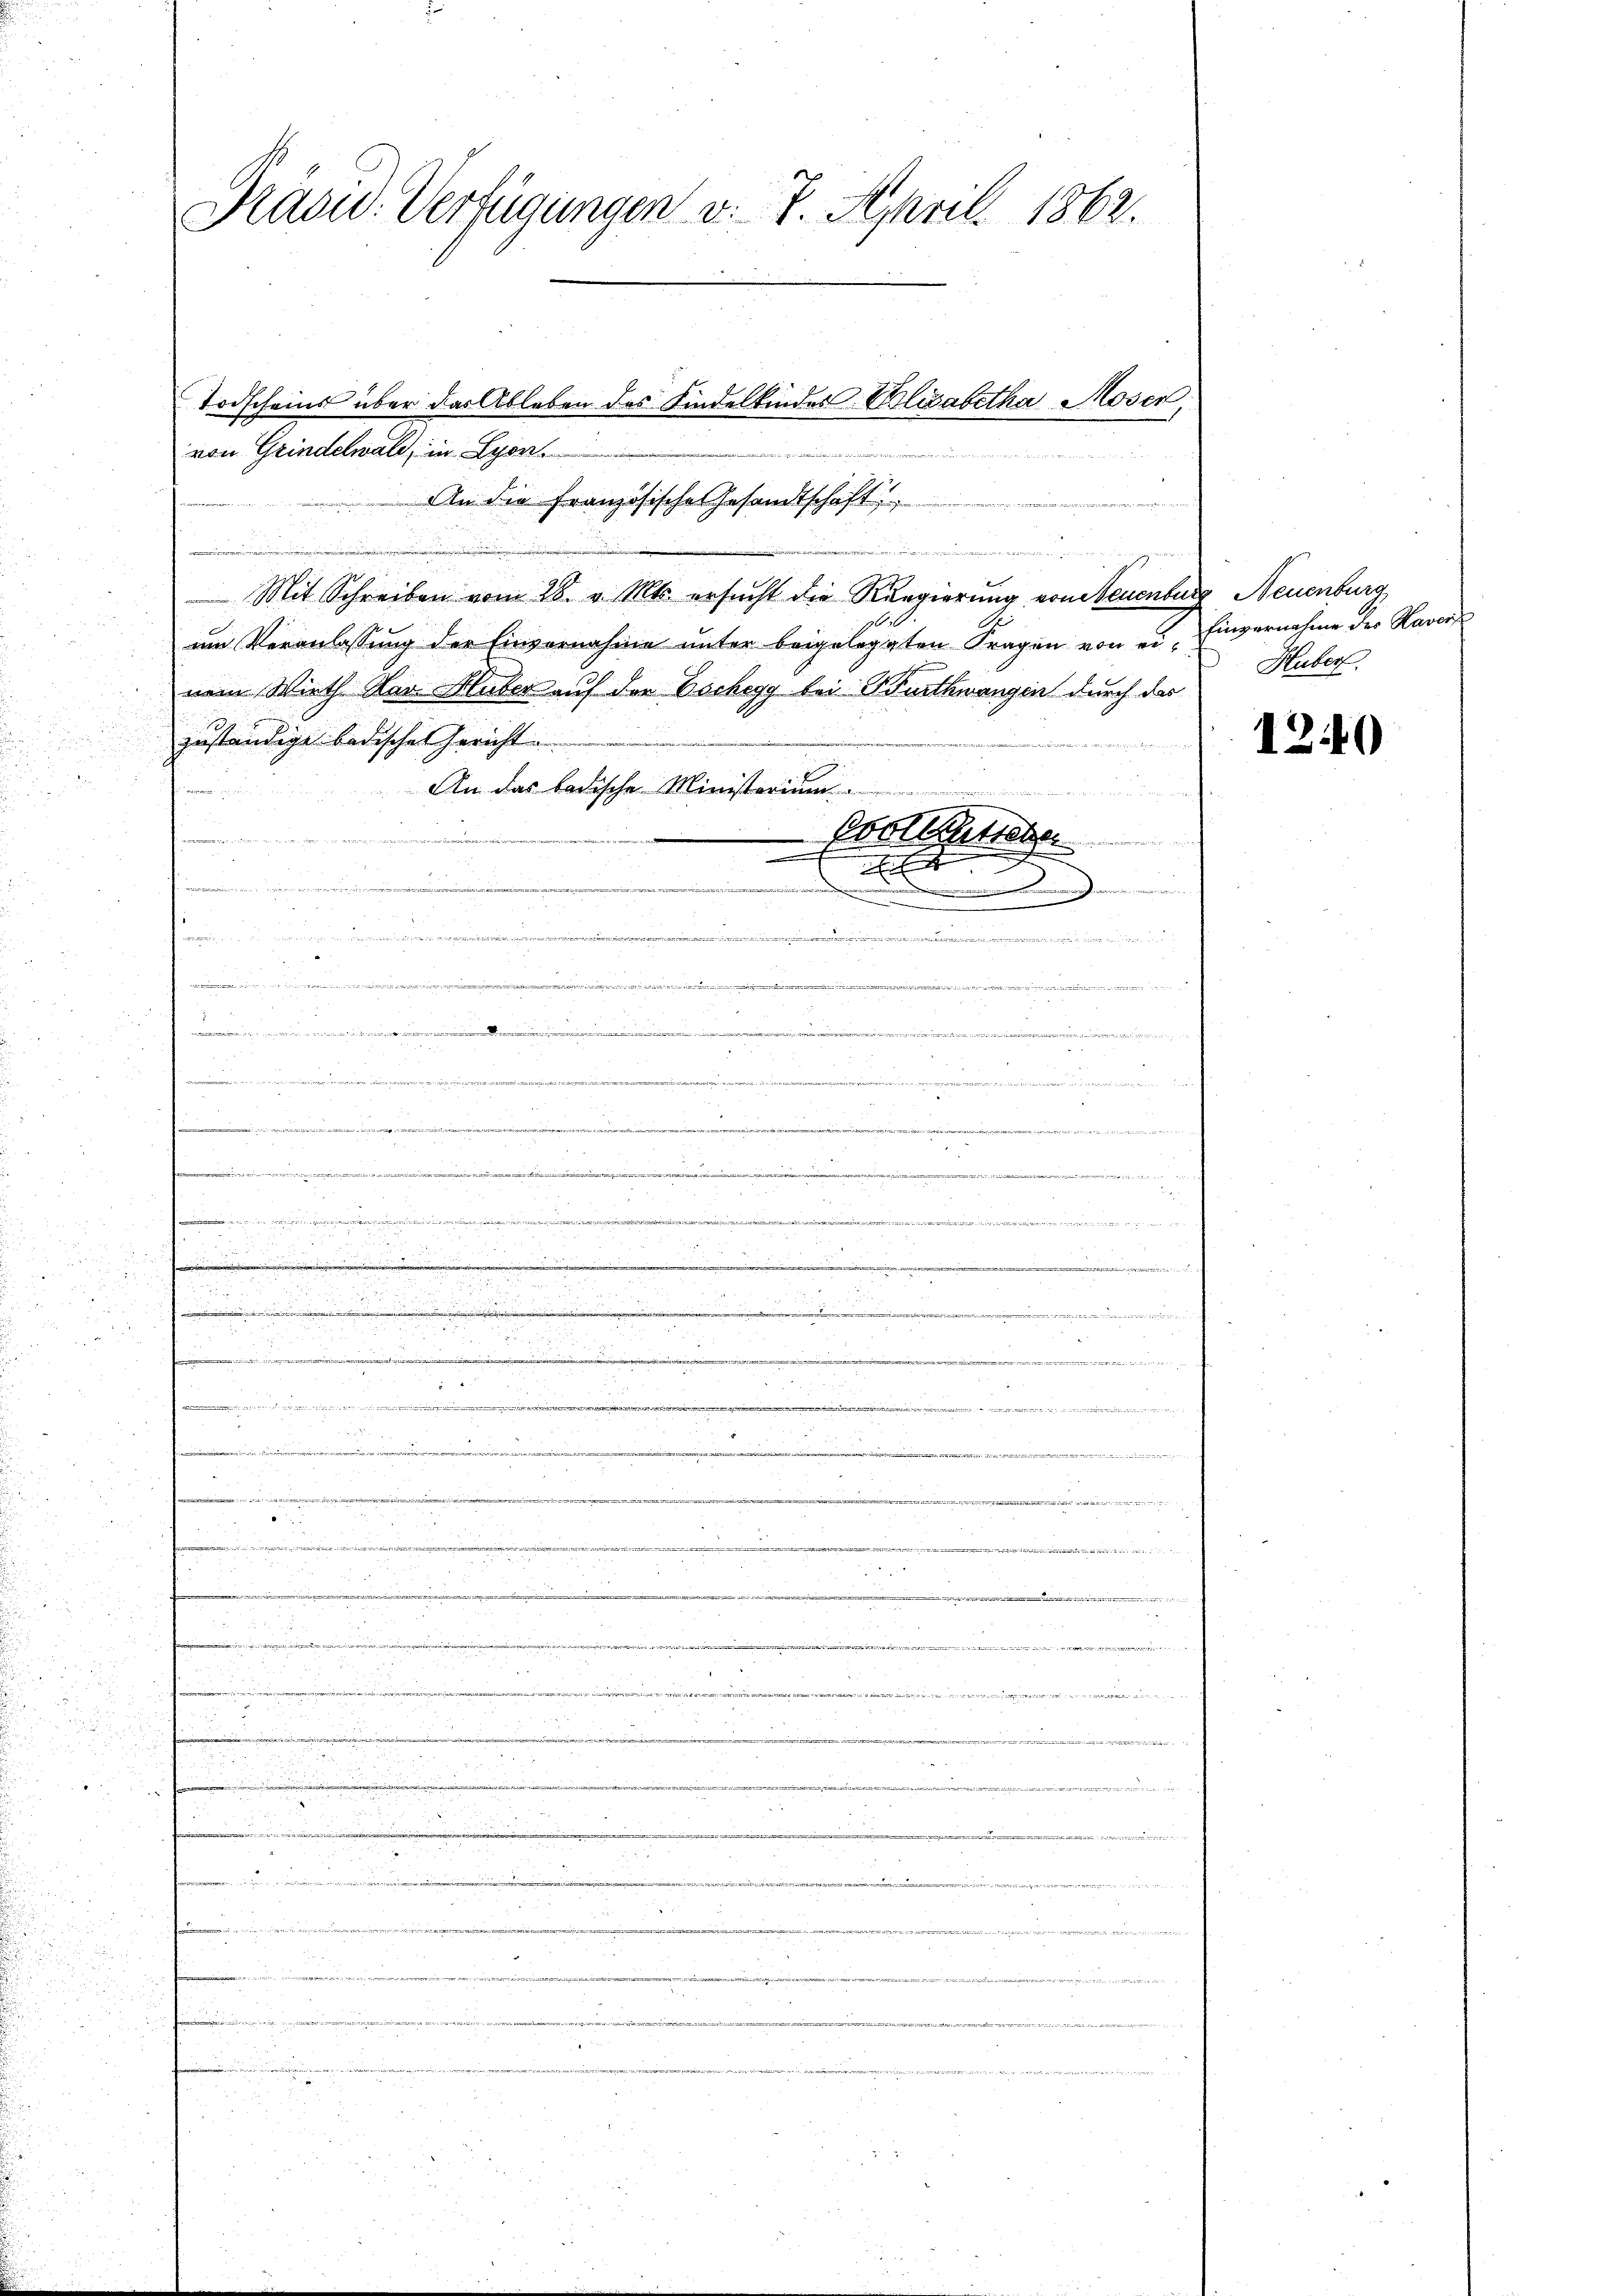
Präsid. Verfügungen v. 7. April 1862.

von Grindelwald, in Lyon
Mit Schreiben vom 28. v. Mts. ersucht die Regierung von Neuenbur
um Veranlassung der Einvernahme unter beigelegten Fragen von einem Wirth der Huber auf der Eschegg bei Burthwangen durch das
zuständige badische Gericht
An das badische Minister
 22.
2
a
u

e

.

i
garden,
.
1 xx
.

.
eesen die werde
e

5
.

5
.
erungenehmen seine an die

222

i
e

d
e

hanen in der die

ieen ein ein an. 191442/G,1524/G,1305/G,1492/G,1458/G,1000. 1100, 135, 442. 490 000 Fr. 1717 in dies seiner die in seits eine neuerdiese

28

a

Todscheins über das Ableben des Kindelkinder Elisabetha Moser,
i
ia Recht eine
An die Französische Gesandtschaft

r

ain                            2
e
 wie ein war, wie einen einer einer
7

re

e
  und der in
i
.

evollstabe
i
.........

m
2 f 0 x
22.
u
e
e
i
s

er

2 Neuenburg,
Einvernahme der Haver
Huber.

1240